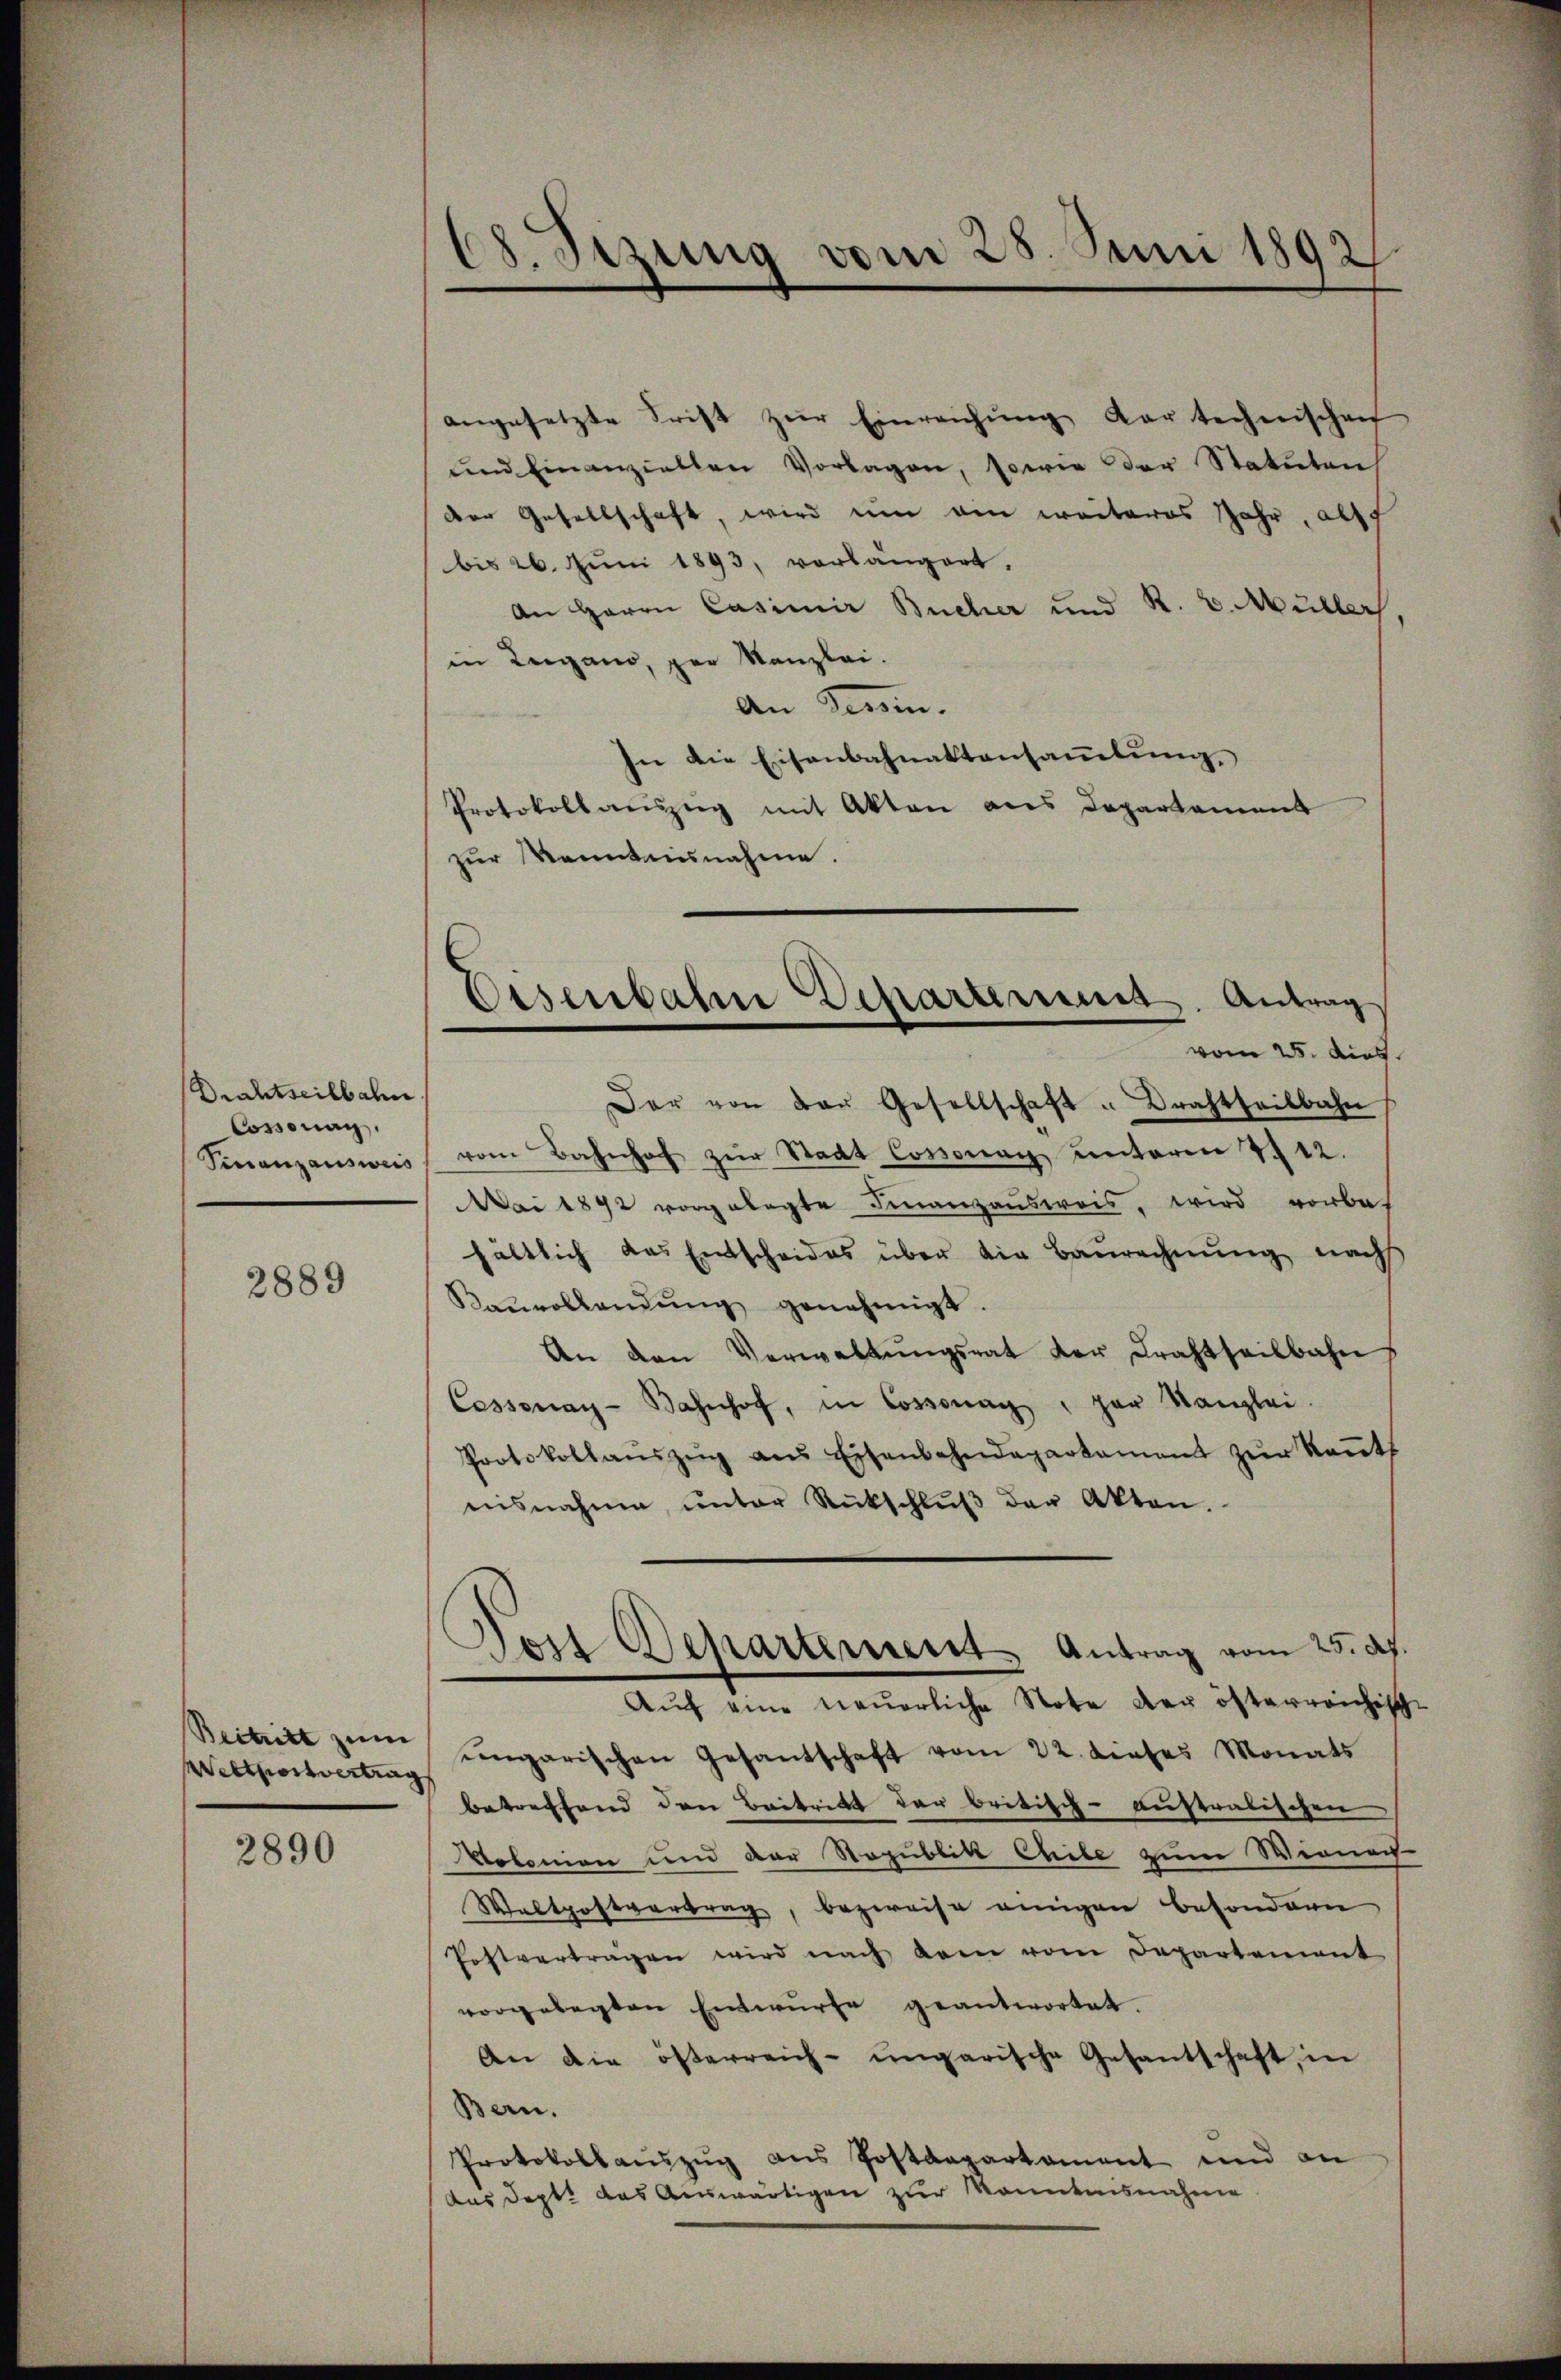
Drahtseilbahn.
Cossonac
Finanzausweis

2889

Beitritt zum
Westportvertrag

2890

18. Sizung vom 28. Juni 1892

angesetzte Frist zŭr Einreichŭng dar technischen
ŭnd einanziellen Vorlagen, sowie der Statuten
der Gesellschaft, wird um ein weiteres Jahr, als
bis 26. Juni 1893, vorlängert,
An Herrn Casimir Bucher und R. v. Müller
in Lugano, per Kanzlei.
An Germ.
In die Eisenbahnaktensaṁlŭng
Protokoll aŭszŭg mit Akten aus Departament
zur Kenntnisnahme.

Eisenbahn Departement. Antrag

Dor Departement Antrag vom 25. d.

vom 25. dies
Der von der Gesellschaft " Drahtseitbahn
vom Bahnhof zŭr Stadt Cossonay unterm 4. 12.
Mai 1892 vorgelegte Finanzausweis, wird vorbe
hältlich das Entscheides über die Baurechnŭng nach
Kaŭrollendŭng genehmigt.
An den Verwaltŭngsrat der Kraftseilbahn
Cossonay-Bahnhof, in Cossona par Kanzlei.
Protokollaŭszŭg ans Eisenbahndepartament zŭr Keṅt
nisnahme, ŭnter Rückschlŭβ der Akten.
Aŭf eine neuerliche Note der österreichisch
ungarischen Gesandschaft vom 22. dieses Monats
betreffend den Beitritt der britisch-australischen
Volonien und der Nopublik Chile zum Wienech
Waltpostvertrag, bezweife einigen besondern
Postvertragen wird nach dem vom Departement
vorgelegten Entwürfe geantwortet.
An die österreich-ungarische Gesantschaft, in
Bern.
Protokollaŭszŭg ans Postdepartament und an
das Sept. das Auswärtigen zur Kenntnisnahme